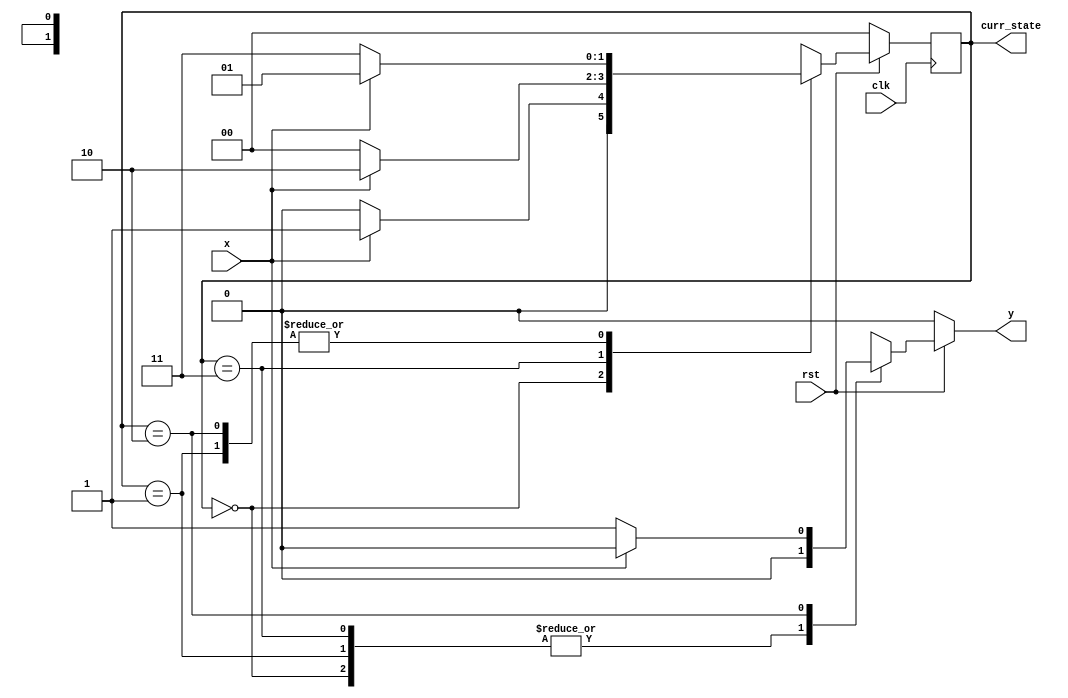
// this is the code for mealy detection of sequence 1010

`timescale 1ns/1ps
module seq_detector(x,clk,rst,y,curr_state);
  input  x,clk,rst;                   // input data , reset and clock signals
  output reg y;                      // reg variable to store the output  
  output reg [1:0] curr_state;      // reg variable to store the current state of the circuit
  
  reg [1:0] next_state;  // reg variable to do the next state computation in a "combinational always block"
  
  // Clocked always block to do all the updates in the output and the current state registers
  // Good practise to use non blocking assignments in a clocked always block
  always@(posedge clk)
    begin
       if(rst == 0)
          begin
             curr_state  <= 2'b00;  // On reset we start from state 00
          end
       else
          begin
            curr_state <= next_state;
          end
    end
    
// Combinational always block to do all the computations
// Good practise to use blocking assignments in a combinational always block
always@(*)
   begin
      if(rst == 0)
        begin
          next_state = 2'b00;   // Here we add this statement to avoid inferred latches
          y          = 0;
        end // if(rst == 0)
      
      else
        begin
              case(curr_state)
              2'b00: 
                  begin
                     next_state = (x == 0) ? (2'b00) : (2'b01);
                     y          = 1'b0; 
                  end
              
              2'b01:
                  begin
                     next_state = (x == 0) ? (2'b11) : (2'b01);
                     y          = 1'b0;
                  end
              
              2'b11:
                  begin
                     next_state = (x == 0) ? (2'b00) : (2'b10);
                     y          = 0;
                  end
              2'b10:
                  begin
                     next_state = (x == 0) ? (2'b11) : (2'b01);
                     y          = (x == 0) ? 1 : 0;
                  end
              default:
                  begin
                     next_state = 2'b00;
                     y = 0;
                  end
              endcase
        end  // else
   end // end statement for the clocked always block
endmodule